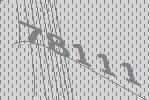
78111